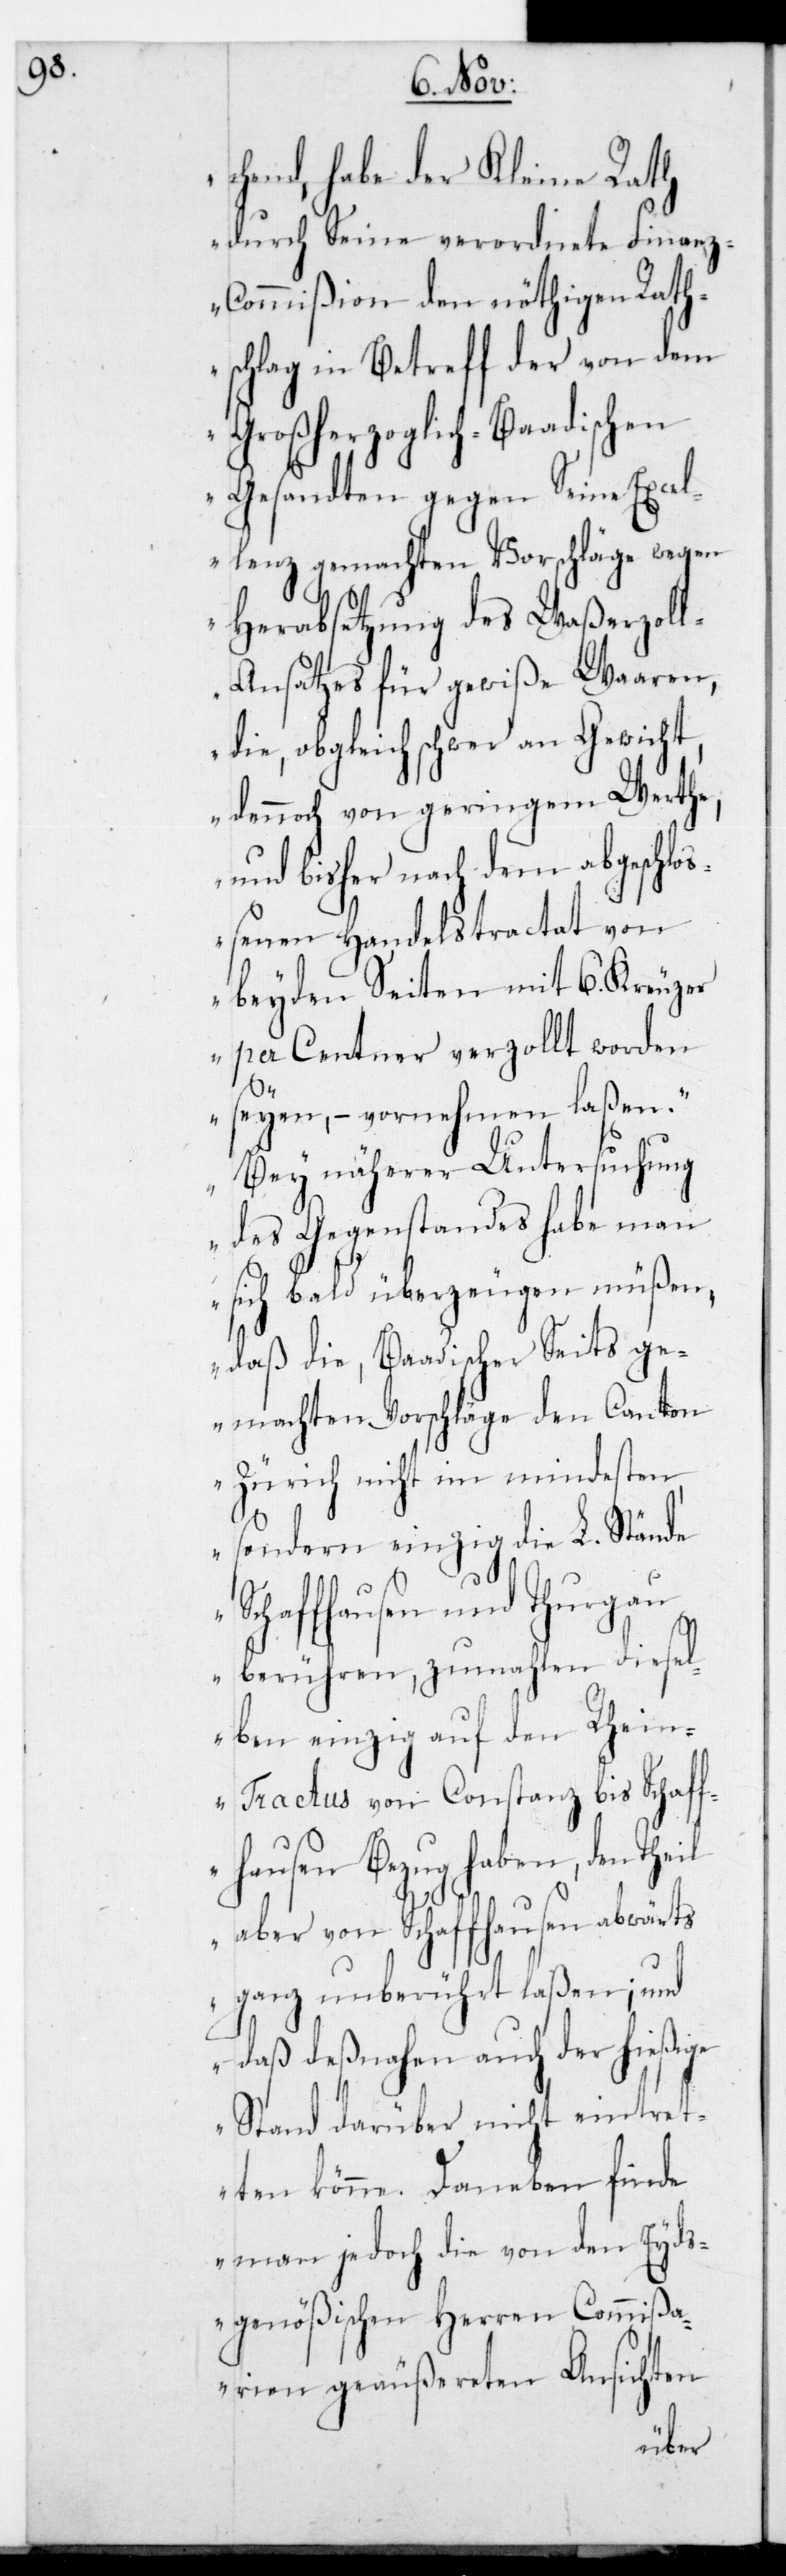
chend, habe der Kleine Rath
durch Seine verordnete Finan¬
z-Commißion den nöthigen Rath¬
schlag in Betreff der von dem
Großherzoglich-Baadischen
Gesandten gegen Seine Excel¬
lenz gemachten Vorschläge wegen
Herabsetzung des Waßerzol¬
l-Ansatzes für gewiße Waaren,
die obgleich schwer an Gewicht,
dennoch von geringem Werthe,
und bisher nach dem abgeschlo¬
ßenen Handelstractat von
beyden Seiten mit 6. Kreuzer
per Centner verzollt worden
seyen, – vernehmen laßen.
Bey näherer Untersuchung
il
des Gegenstandes habe man
sich bald überzeugen müßen,
daß die, Baadischer Seits ge¬
machten Vorschläge den
Zürich nicht im mindesten,
sondern einzig die L. Stände
Schaffhausen und Thurgau
berühren, zumahlen dies¬
elben einzig auf den Rhei¬
n-Tractus von Constanz bis Schaff¬
hausen Bezug haben, den The¬
aber von Schaffhausen abwärts
ganz unberührt laßen; und
daß deßnahen auch der hießige
Stand darüber nicht eintret¬
ten könne. Daneben finde
man jedoch die von den Eyds¬
genößischen Herren Commißa¬
rien geäußereten Ansichten